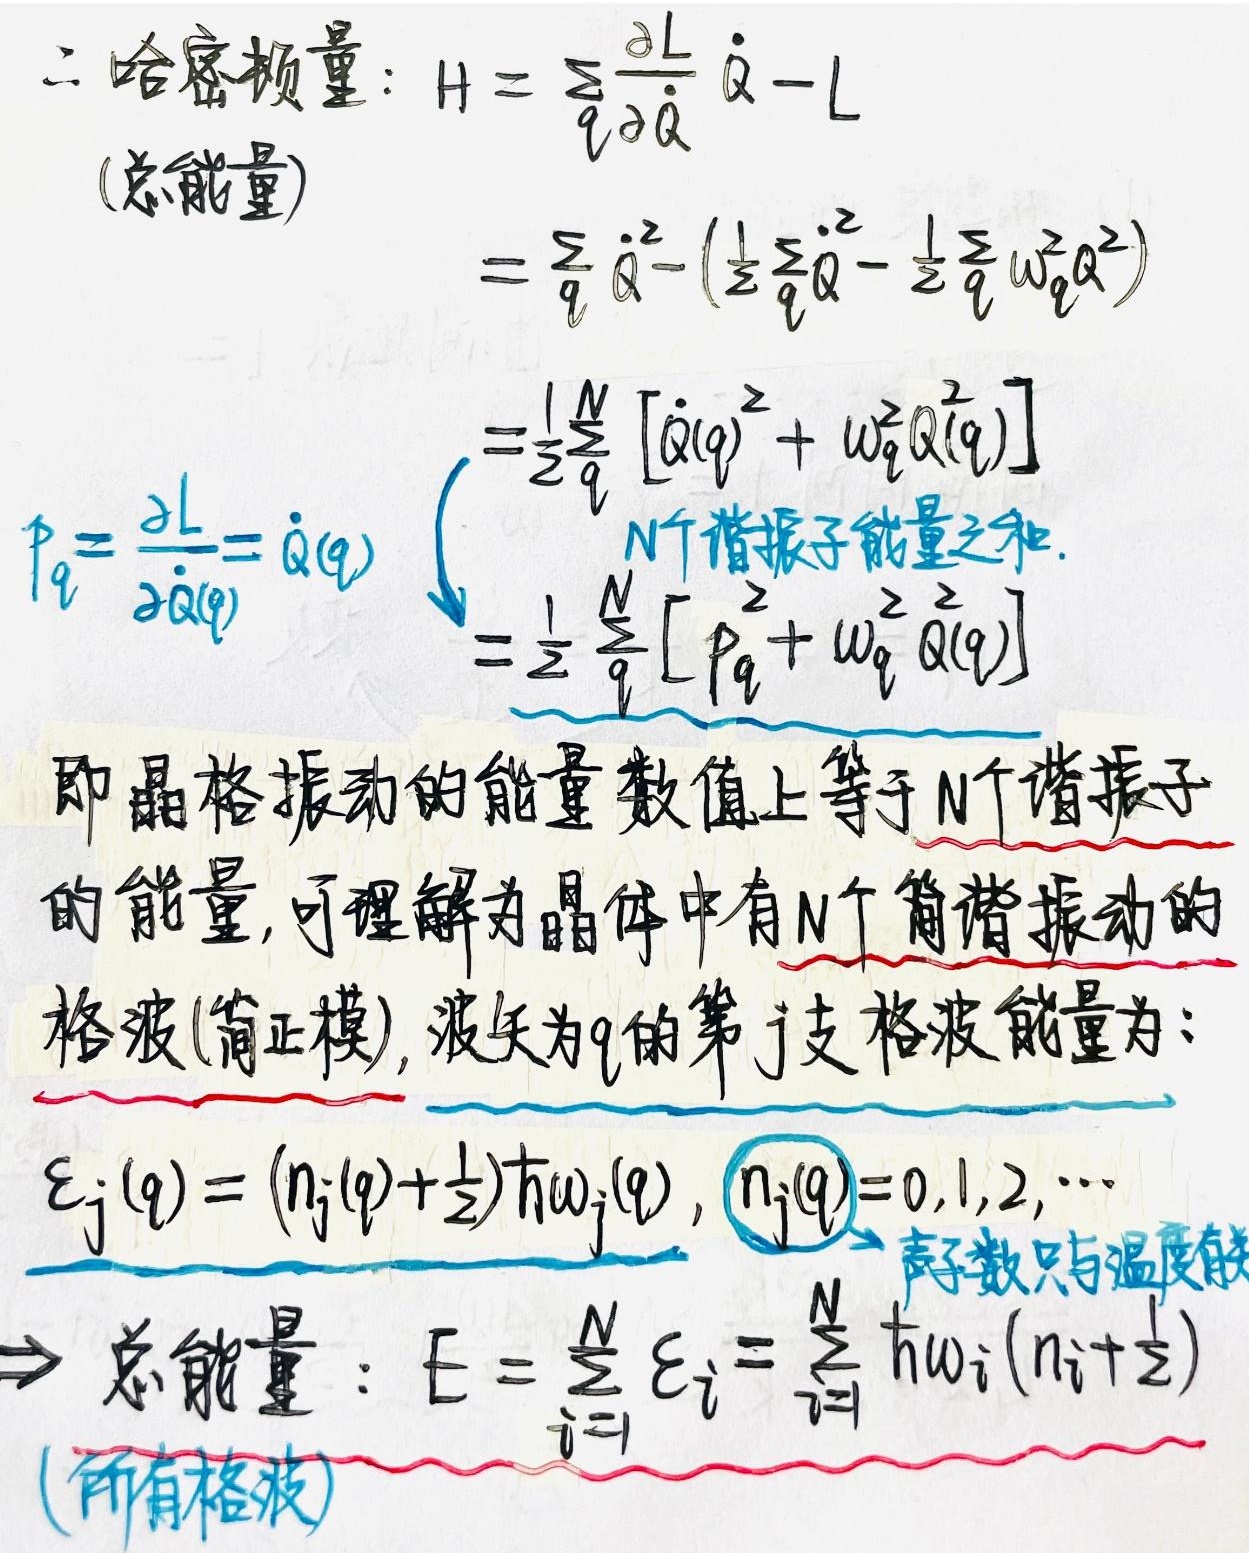
二. 哈密顿量：$H = \sum_{q}\frac{\partial L}{\partial \dot{Q}}\dot{Q}-L$(总能量)

\[
\begin{align*}
&=\sum_{q}\dot{Q}^{2}-(\frac{1}{2}\sum_{q}\dot{Q}^{2}-\frac{1}{2}\sum_{q}\omega_{q}^{2}Q^{2})\\
&=\frac{1}{2}\sum_{q}^{N}[\dot{Q}(q)^{2}+\omega_{q}^{2}Q^{2}(q)]\\
&=\frac{1}{2}\sum_{q}^{N}[P_{q}^{2}+\omega_{q}^{2}Q(q)]
\end{align*}
\]

这是 \(N\) 个谐振子能量之和。\(P_{q}=\frac{\partial L}{\partial \dot{Q}(q)}=\dot{Q}(q)\)，即晶格振动的能量数值上等于 \(N\) 个谐振子的能量，可理解为晶体中有 \(N\) 个简谐振动的格波(简正模)，波矢为 \(q\) 的第 \(j\) 支格波能量为：\(\varepsilon_{j}(q)=(n_{j}(q)+\frac{1}{2})\hbar\omega_{j}(q)\)，\(n_{j}(q)=0,1,2,\cdots\) 声子数只与温度有关。

\(\Rightarrow\) 总能量：\(E = \sum_{i = 1}^{N}\varepsilon_{i}=\sum_{i = 1}^{N}\hbar\omega_{i}(n_{i}+\frac{1}{2})\) (所有格波)